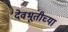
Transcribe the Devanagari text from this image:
देवभूतीच्या